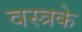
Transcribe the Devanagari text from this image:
वस्त्रके